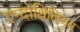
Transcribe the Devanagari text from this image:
एन्दोथिलियम